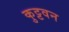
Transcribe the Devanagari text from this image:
कुट्टवन